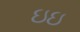
ઇઇ